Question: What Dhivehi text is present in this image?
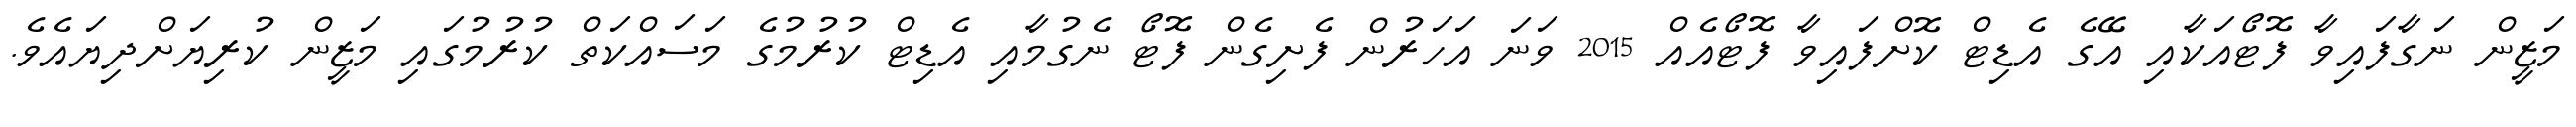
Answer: މަޒީން ނަގާފައިވާ ފޮޓޯއަކާއި އޭގެ އެޑިޓް ކޮށްފައިވާ ފޮޓޯއެއް 2015 ވަނަ އަހަރުން ފެށިގެން ފޮޓޯ ނެގުމާއި އެޑިޓް ކުރުމުގެ މަސައްކަތް ކުރުމުގައި މަޒީން ކުރިޔަށްދިޔައެވެ.